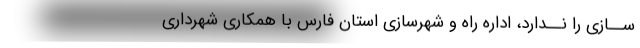
ســازی را نــدارد، اداره راه و شهرسازی استان فارس با همکاری شهرداری